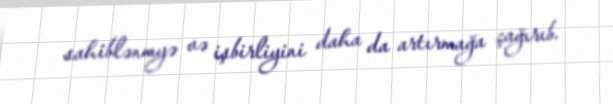
sahiblənmyə və işbirliyini daha da artırmağa çağırıb.